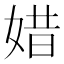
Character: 㛭